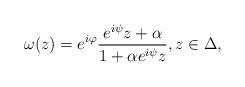
LaTeX: \begin{align*}\omega(z)=e^{i\varphi}\frac{e^{i\psi}z+\alpha}{1+\alpha e^{i\psi}z}, z \in \Delta,\end{align*}